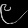
Digit: ၉